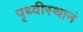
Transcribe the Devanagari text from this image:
पृथ्वीस्थानं